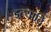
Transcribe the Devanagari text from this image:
इत्यादिं